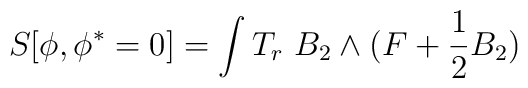
S[\phi,\phi^*= 0] = \int T_r  \ B_2 \wedge  (F + \frac12 B_2)